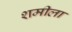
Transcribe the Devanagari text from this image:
शमीला